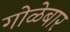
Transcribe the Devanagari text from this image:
गोळेबार